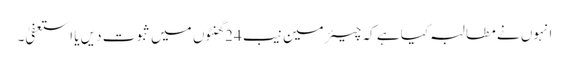
انہوں نے مطالبہ کیا ہے کہ چیئرمین نیب 24 گھنٹوں میں ثبوت دیں یا استعفیٰ۔